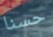
حسنا